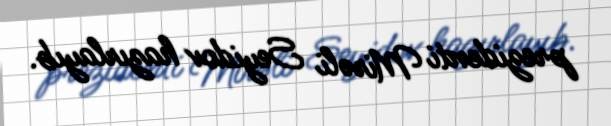
prezidenti Mirəli Seyidov hazırlayıb.